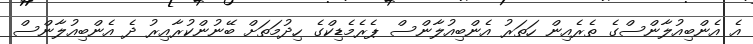
އެ އެންބިއުލާންސްގެ ތެރެއިން ހަތަރު އެންބިއުލާންސް ޕެރެމެޑިކްގެ ހިދުމަތަށް ބޭނުންކުރާއިރު ދެ އެންބިއުލާންސް